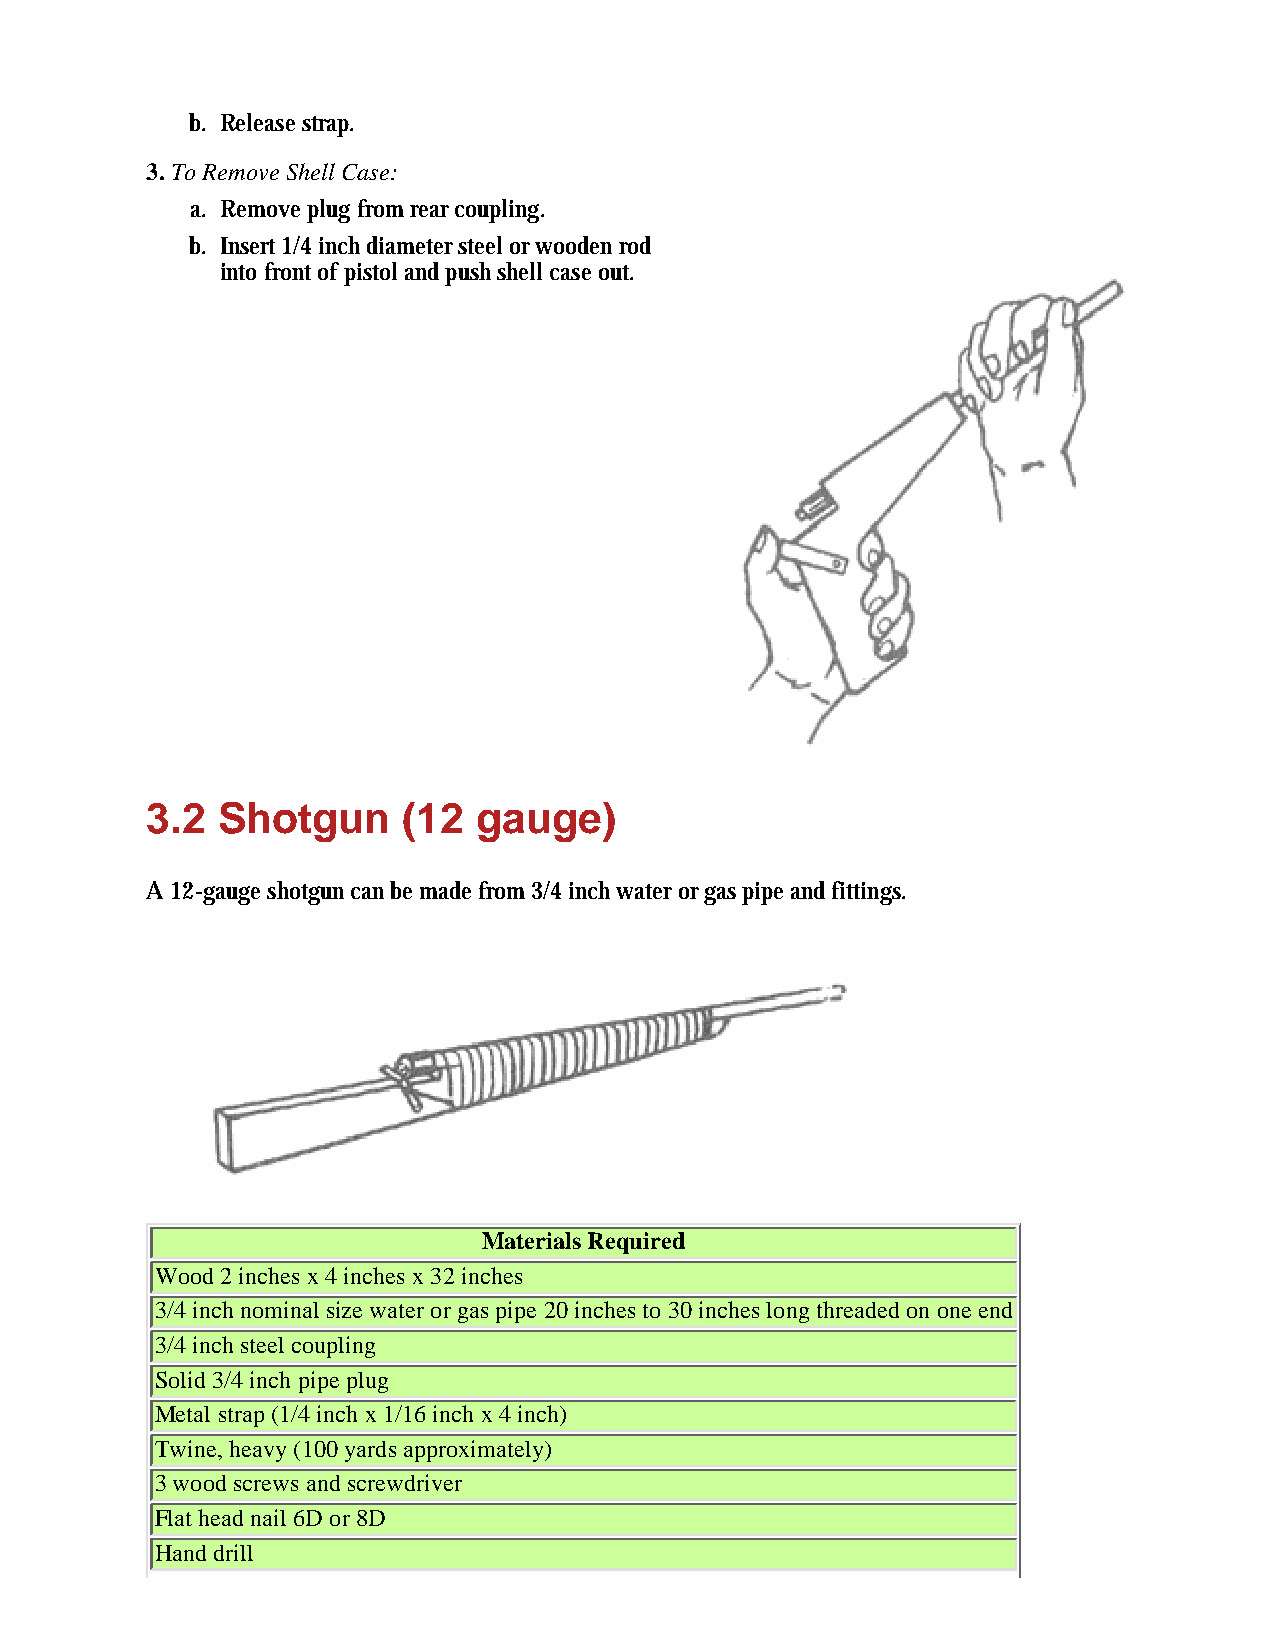
b. Release strap.
 3. To Remove Shell Case:
 a. Remove plug from rear coupling.
 b. Insert 1/4 inch diameter steel or wooden rod
 into front of pistol and push shell case out.
 3.2 Shotgun      (12  gauge)
 A 12-gauge shotgun can be made from 3/4 inch water or gas pipe and fittings.
 Materials Required
 Wood 2 inches x 4 inches x 32 inches
 3/4 inch nominal size water or gas pipe 20 inches to 30 inches long threaded on one end
 3/4 inch steel coupling
 Solid 3/4 inch pipe plug
 Metal strap (1/4 inch x 1/16 inch x 4 inch)
 Twine, heavy (100 yards approximately)
 3 wood screws and screwdriver
 Flat head nail 6D or 8D
 Hand drill